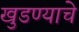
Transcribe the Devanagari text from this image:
खुडण्याचे